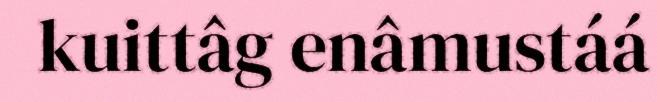
kuittâg enâmustáá